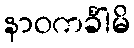
နာဝကင်္ခါမိ